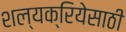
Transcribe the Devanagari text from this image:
शल्यक्रियेसाठी